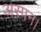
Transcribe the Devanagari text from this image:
अस्पन।